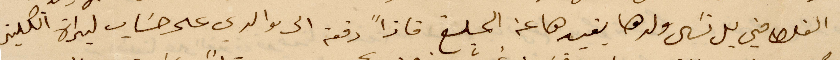
الغلط مني بل نسي ولدها يفيدها عن المبلغ فاذًا دفعة الى والدي على حساب ليراة انكليز